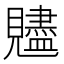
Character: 𧢙